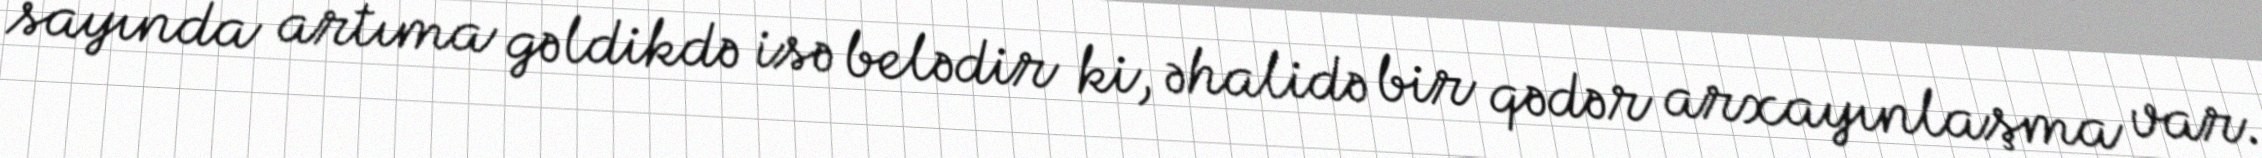
sayında artıma gəldikdə isə belədir ki, əhalidə bir qədər arxayınlaşma var.